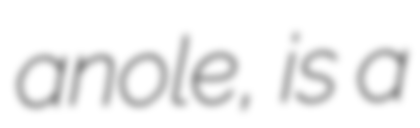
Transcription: anole, is a